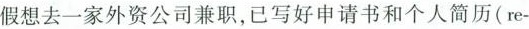
假想去一家外资公司兼职，已写好申请书和个人简历(re-